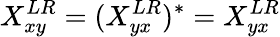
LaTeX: X_{xy}^{LR}=(X_{yx}^{LR})^{*}=X_{yx}^{LR}